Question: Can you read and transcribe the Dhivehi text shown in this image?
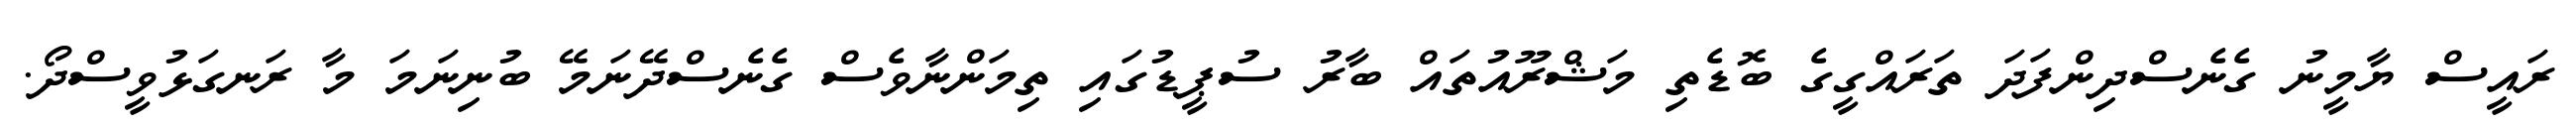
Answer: ރައީސް ޔާމީނު ގެނެސްދިންފަދަ ތަރައްގީގެ ބޮޑެތި މަޝްރޫއުތައް ބާރު ސުޕީޑުގައި ތިމަންނާވެސް ގެނެސްދޭނަމޭ ބުނިނަމަ މާ ރަނގަޅުވީސްދޯ.